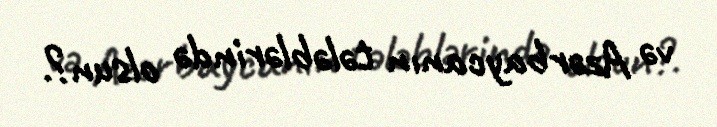
və Azərbaycanın tələblərində olsun?.